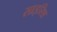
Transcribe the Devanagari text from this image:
साइरिश